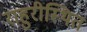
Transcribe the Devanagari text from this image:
राहुरीस्थित